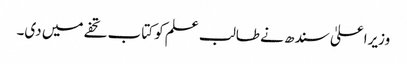
وزیراعلیٰ سندھ نے طالب علم کو کتاب تحفے میں دی۔